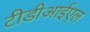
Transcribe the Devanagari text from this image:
टीडीआईएल